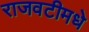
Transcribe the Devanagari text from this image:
राजवटीमधे